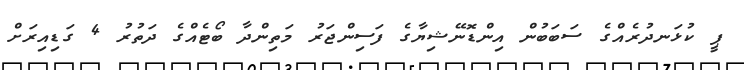
ޕީ ކުޅަނދުރެއްގެ ސަބަބުން އިންޑޮނޭޝިޔާގެ ފަސިންޖަރު މަތިންދާ ބޯޓެއްގެ ދަތުރު 4 ގަޑިއިރަށް